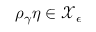
\rho _ { \gamma } \eta \in \mathcal { X } _ { \epsilon }